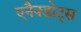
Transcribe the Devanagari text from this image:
एनैक्डोट्स